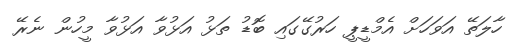
ހާލަތޭ އަވަހަށް އެމްޑީޕީ ހަރުގޭގައި ބޮޑު ތަޅު އަޅުވާ އަޅުވާ މީހުން ނެރޭ